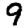
Digit: 9